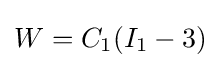
W=C_{1}(I_{1}-3)